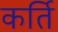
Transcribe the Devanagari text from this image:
कर्ति